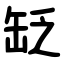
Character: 䍇